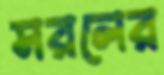
সরলের